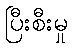
ပြီးစီးမှု